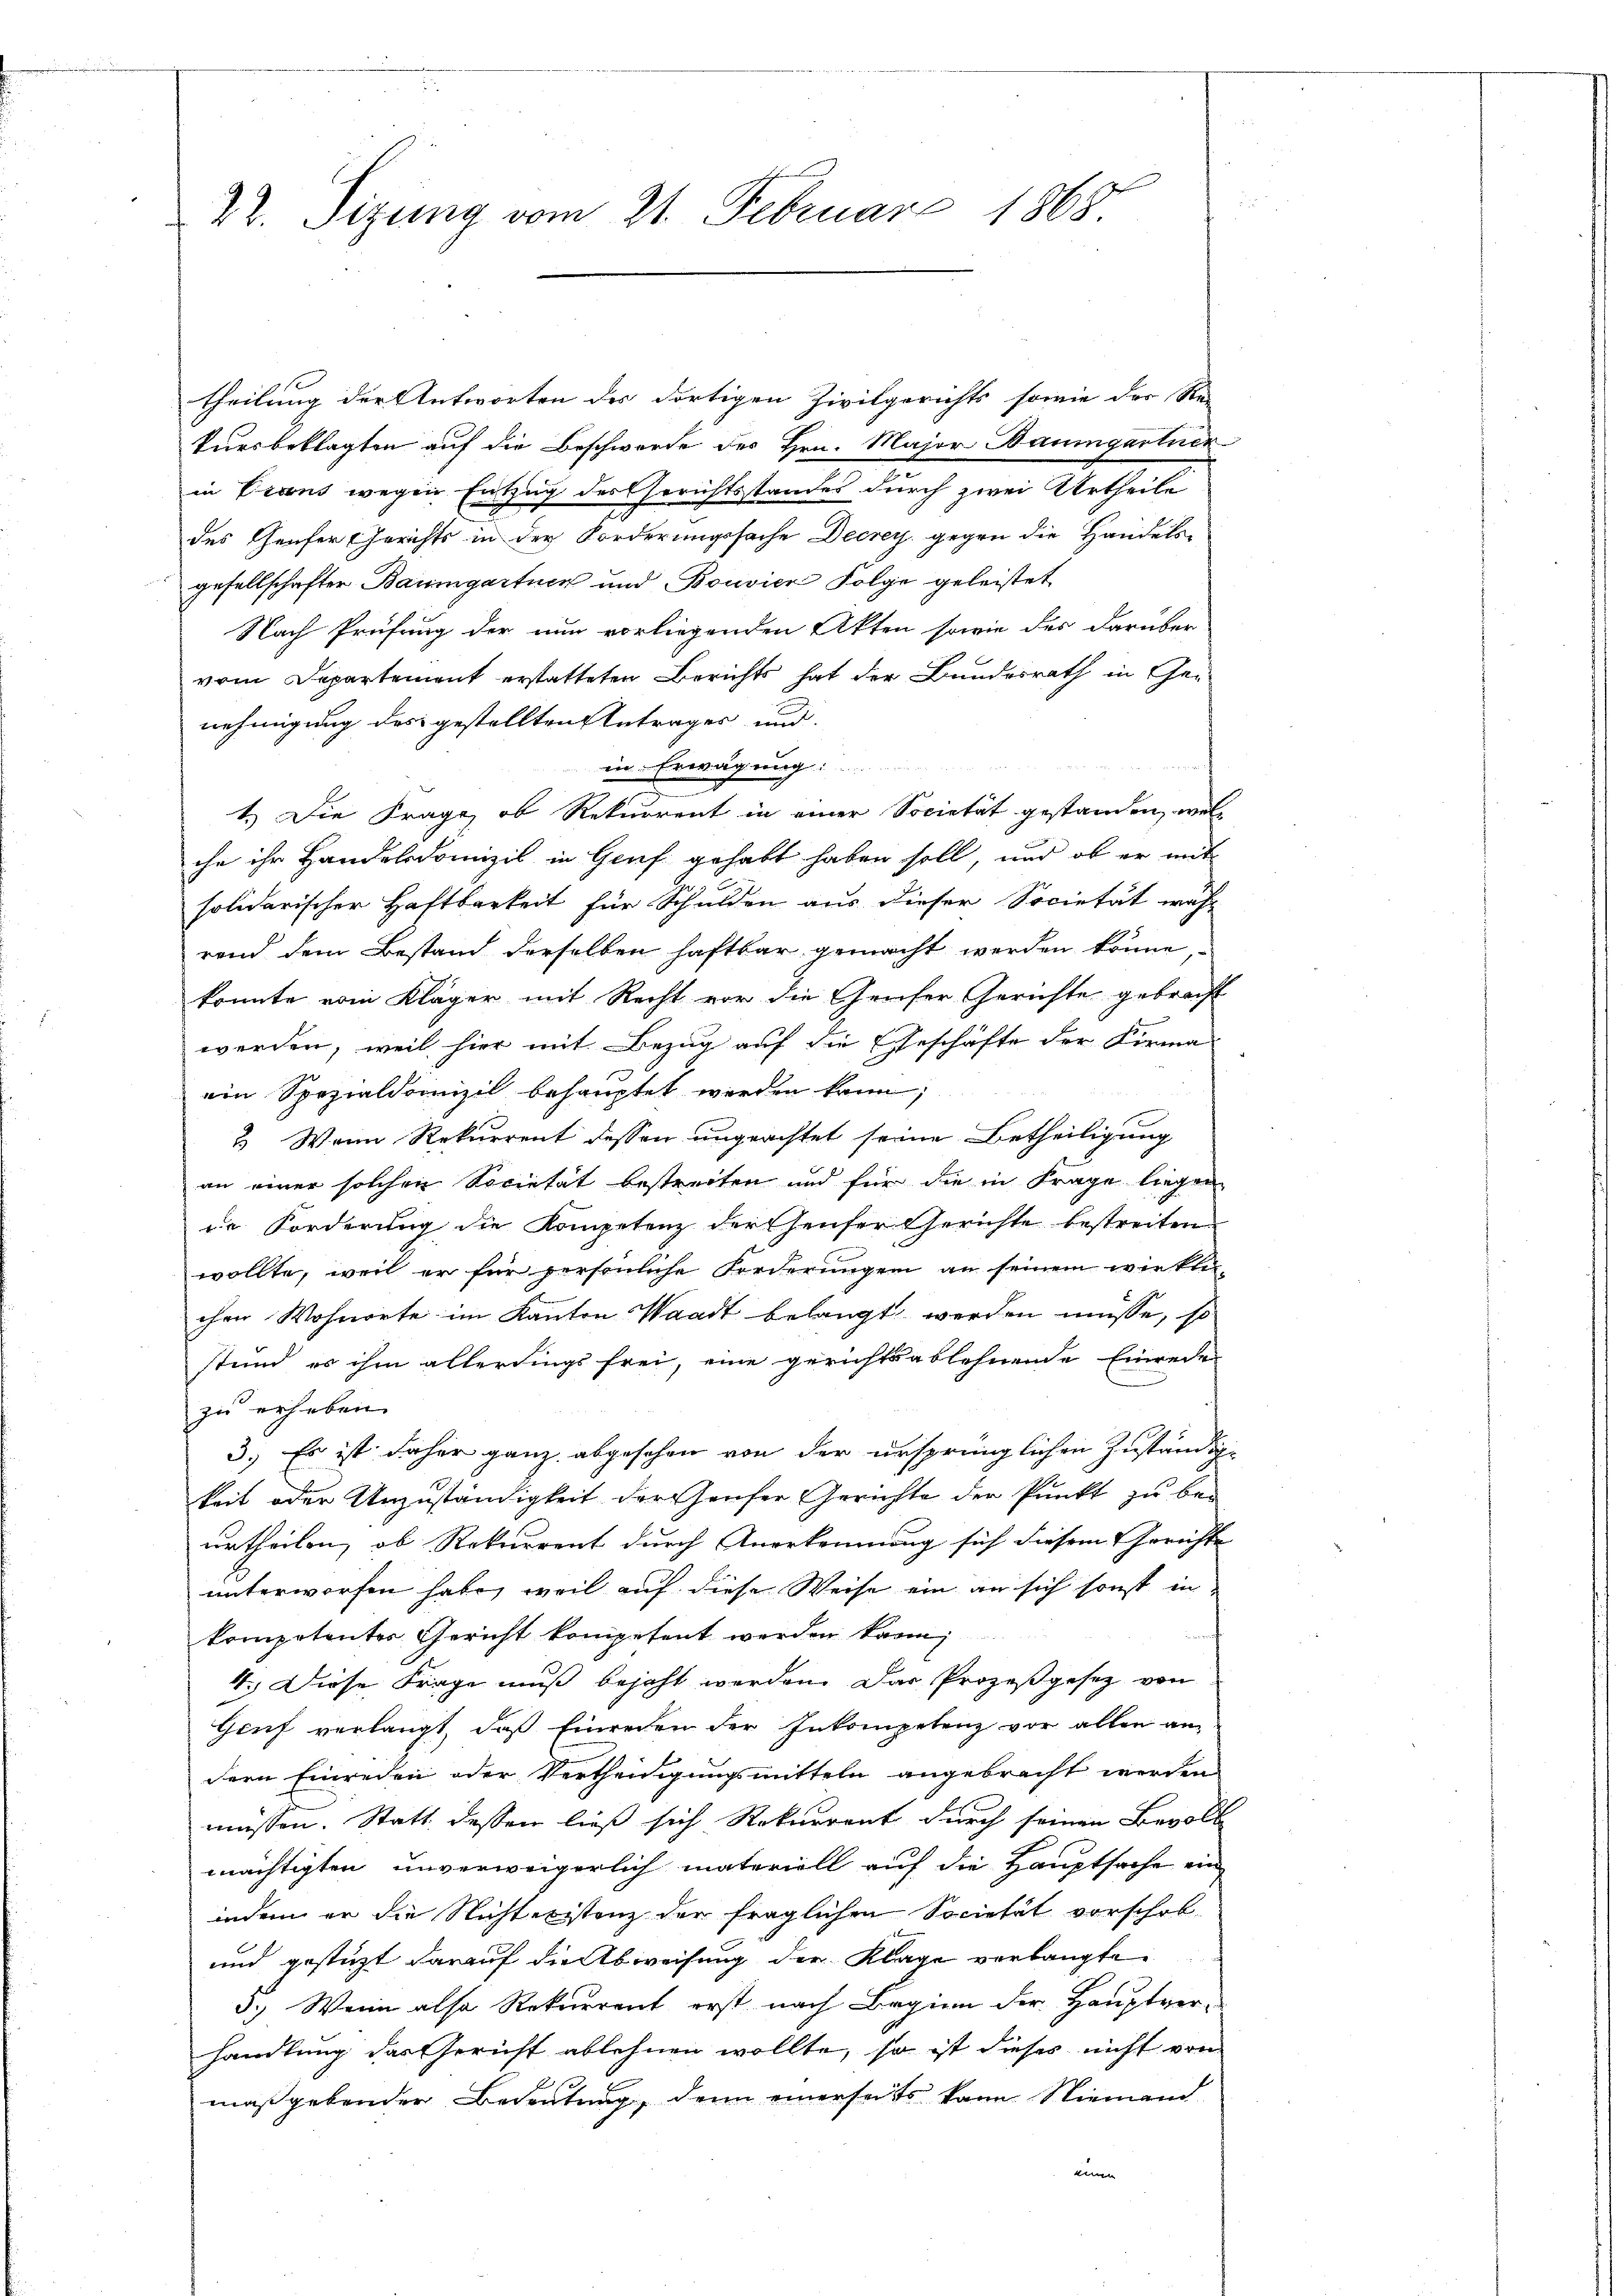
22. Sizung vom 21. Februar 1865

theilung der Antworten des dortigen Zivilgerichts sowie der Re-
kursbeklagten auf die Beschwerde des Hrn. Major Baumgartner
in Eisens wegen Entzug des Gerichtsstandes durch zwei Urtheile
des Genfer Gerichts in der Forderungssache Decrey gegen die Handels-
gesellschafter Baumgartner und Bouvier Folge geleistet
Nach Prüfung der nun vorliegenden Akten sowie des darüber
vom Departement erstatteten Berichts hat der Bundesrath in Genehmigung des gestellten Anträger und
in Erwägung :
1.) Die Frage, ob Rekurrent in einer Societät gestanden, welc
che ihr Handelsdomizil in Genf gehabt haben soll, und ob er mit
solidarischer Haftbarkeit für Schulden aus dieser Societät wahr
rend dem Bestand derselben haftbar gemacht werden könne
konnte vom Kläger mit Recht vor die Genfer Gerichte gebracht
werden, weil hier mit Bezug auf die Geschäfte der Forma
ein Spezialdomizil behauptet werden kann,
3 Wann Rekurrent dessen ungeachtet seine Betheiligung
an einer solchen Societät bestreiten und für die in Frage liegen
er Forderung die Kompetenz der Hauser Gerichte bestreiten
wollte, weil er für persönliche Forderungen an seinem wir klin-
chen Wohnorte im Kanton Waadt belangt werden müsse, so
stand es ihm allerdings frei, eine gerichtsablehnende Einrede
zu erheben.
3.) Es ist daher ganz abgesehen von der ursprünglichen Zuständige
keit oder Unzuständigkeit durchauser Gerichte der Punkt zu beurtheilen, ob Rekurrent durch Anerkennung sich diesem Gerichte
unterworfen habe, weil auf diese Weise ein an sich sonst in
kompetenter Gericht kompetent werden kann;
4. Diese Frage muß bejaht werden. Das Prozeßgesez von
Genf verlangt, daß Einreden der Inkompetenz vor allen an
dern Einreden oder Vertheidigungsmitteln angebracht werden
müssen. Statt dessen ließ sich Rekurrent durch seinen Bevoll
mächtigten unverweigerlich materiell auf die Hauptsache ein
indem er die Nichteristenz der fraglichen Societät vorschob-
und gestützt darauf die Abweisung der Klage verlangte
3.) Wenn also Rekurrent erst nach Beginn der Hauptverhandlung das Gericht ablehnen wollte, so ist dieses nicht von
maßgebender Bedeutung, denn einerseits kann Niemand